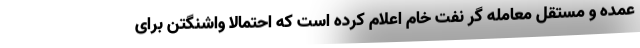
عمده و مستقل معامله گر نفت خام اعلام کرده است که احتمالا واشنگتن برای